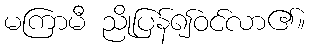
မကြာမီ ညိုပြန်၍ဝင်လာ၏။